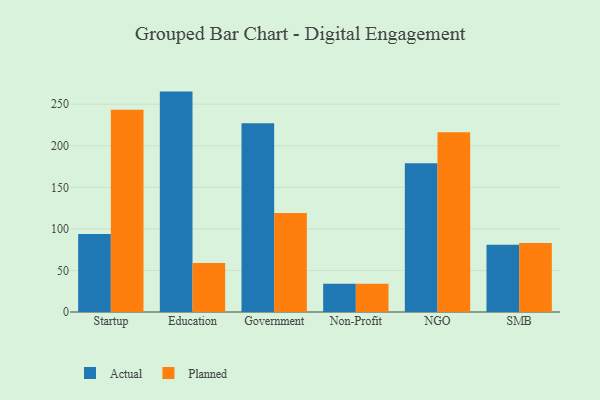
{"axis": {"x": "Segment", "y": "Shipments"}, "legend": ["Actual", "Planned"], "data": [{"x": "Startup", "y": 93.9, "type": "Actual"}, {"x": "Startup", "y": 243.3, "type": "Planned"}, {"x": "Education", "y": 265.2, "type": "Actual"}, {"x": "Education", "y": 59.1, "type": "Planned"}, {"x": "Government", "y": 227.1, "type": "Actual"}, {"x": "Government", "y": 119.1, "type": "Planned"}, {"x": "Non-Profit", "y": 33.9, "type": "Actual"}, {"x": "Non-Profit", "y": 33.9, "type": "Planned"}, {"x": "NGO", "y": 179.1, "type": "Actual"}, {"x": "NGO", "y": 216.3, "type": "Planned"}, {"x": "SMB", "y": 80.8, "type": "Actual"}, {"x": "SMB", "y": 83.0, "type": "Planned"}]}